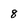
Character: 8